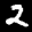
Label: 2